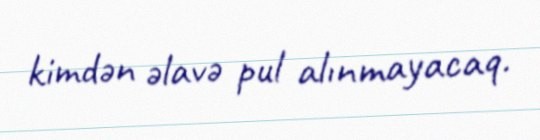
kimdən əlavə pul alınmayacaq.